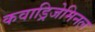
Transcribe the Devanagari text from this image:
कवाड्रिजेमिनल